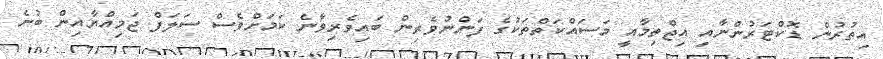
އިތުރުން ޑޮކްޓަރުންނާއި އިޖްތިމާއީ މަސައްކަތްތަކުގެ ފަންނުވެރިން ބައިވެރިވާނެ ކަމަށްވެސް ސަލަފް ޖަމިއްޔާއިން ބުނެ